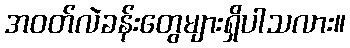
အဝတ်လဲခန်းတွေများရှိပါသလား။